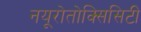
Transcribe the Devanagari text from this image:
नयूरोतोक्सिसिटी